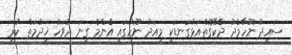
ސައީދު ނޫހާމެދު ދެކޭގޮތްއަޅުގަނޑަކީ މިއަދު ނޫހުގައި އެންމެ ގިނަ ދުވަހު ޚިދުމަތް ކުރި